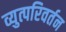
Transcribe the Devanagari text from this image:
व्युत्परिवर्तन